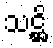
သဋ္ဌိ